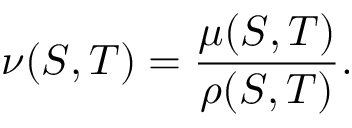
\nu ( S , T ) = \frac { \mu ( S , T ) } { \rho ( S , T ) } .